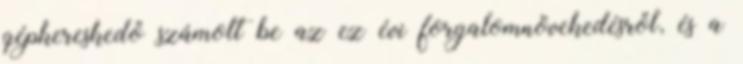
gépkereskedő számolt be az ez évi forgalomnövekedésről, és a